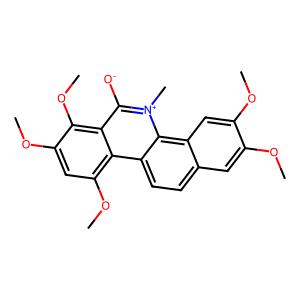
SMILES: COc1cc2ccc3c4c(OC)cc(OC)c(OC)c4c([O-])[n+](C)c3c2cc1OC
Inhibits HIV replication: No